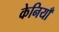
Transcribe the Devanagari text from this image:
केनियाँ